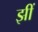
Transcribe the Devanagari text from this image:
झीं